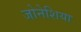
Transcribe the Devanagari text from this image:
जोनेशिया